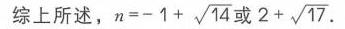
综上所述，\(n=-1 + \sqrt{14}\)或\(2+\sqrt{17}\)